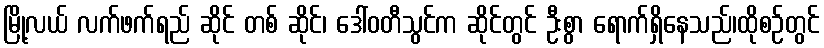
မြို့လယ် လက်ဖက်ရည် ဆိုင် တစ် ဆိုင်၊ ဒေါ်ဝတီသွင်က ဆိုင်တွင် ဦးစွာ ရောက်ရှိနေသည်၊ထိုစဉ်တွင်